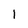
Character: 1